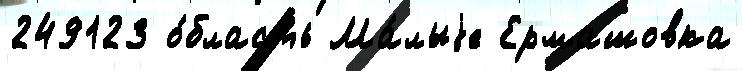
249123 о́бласть Ма́лыjе Ермашовка